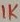
Text: 1K